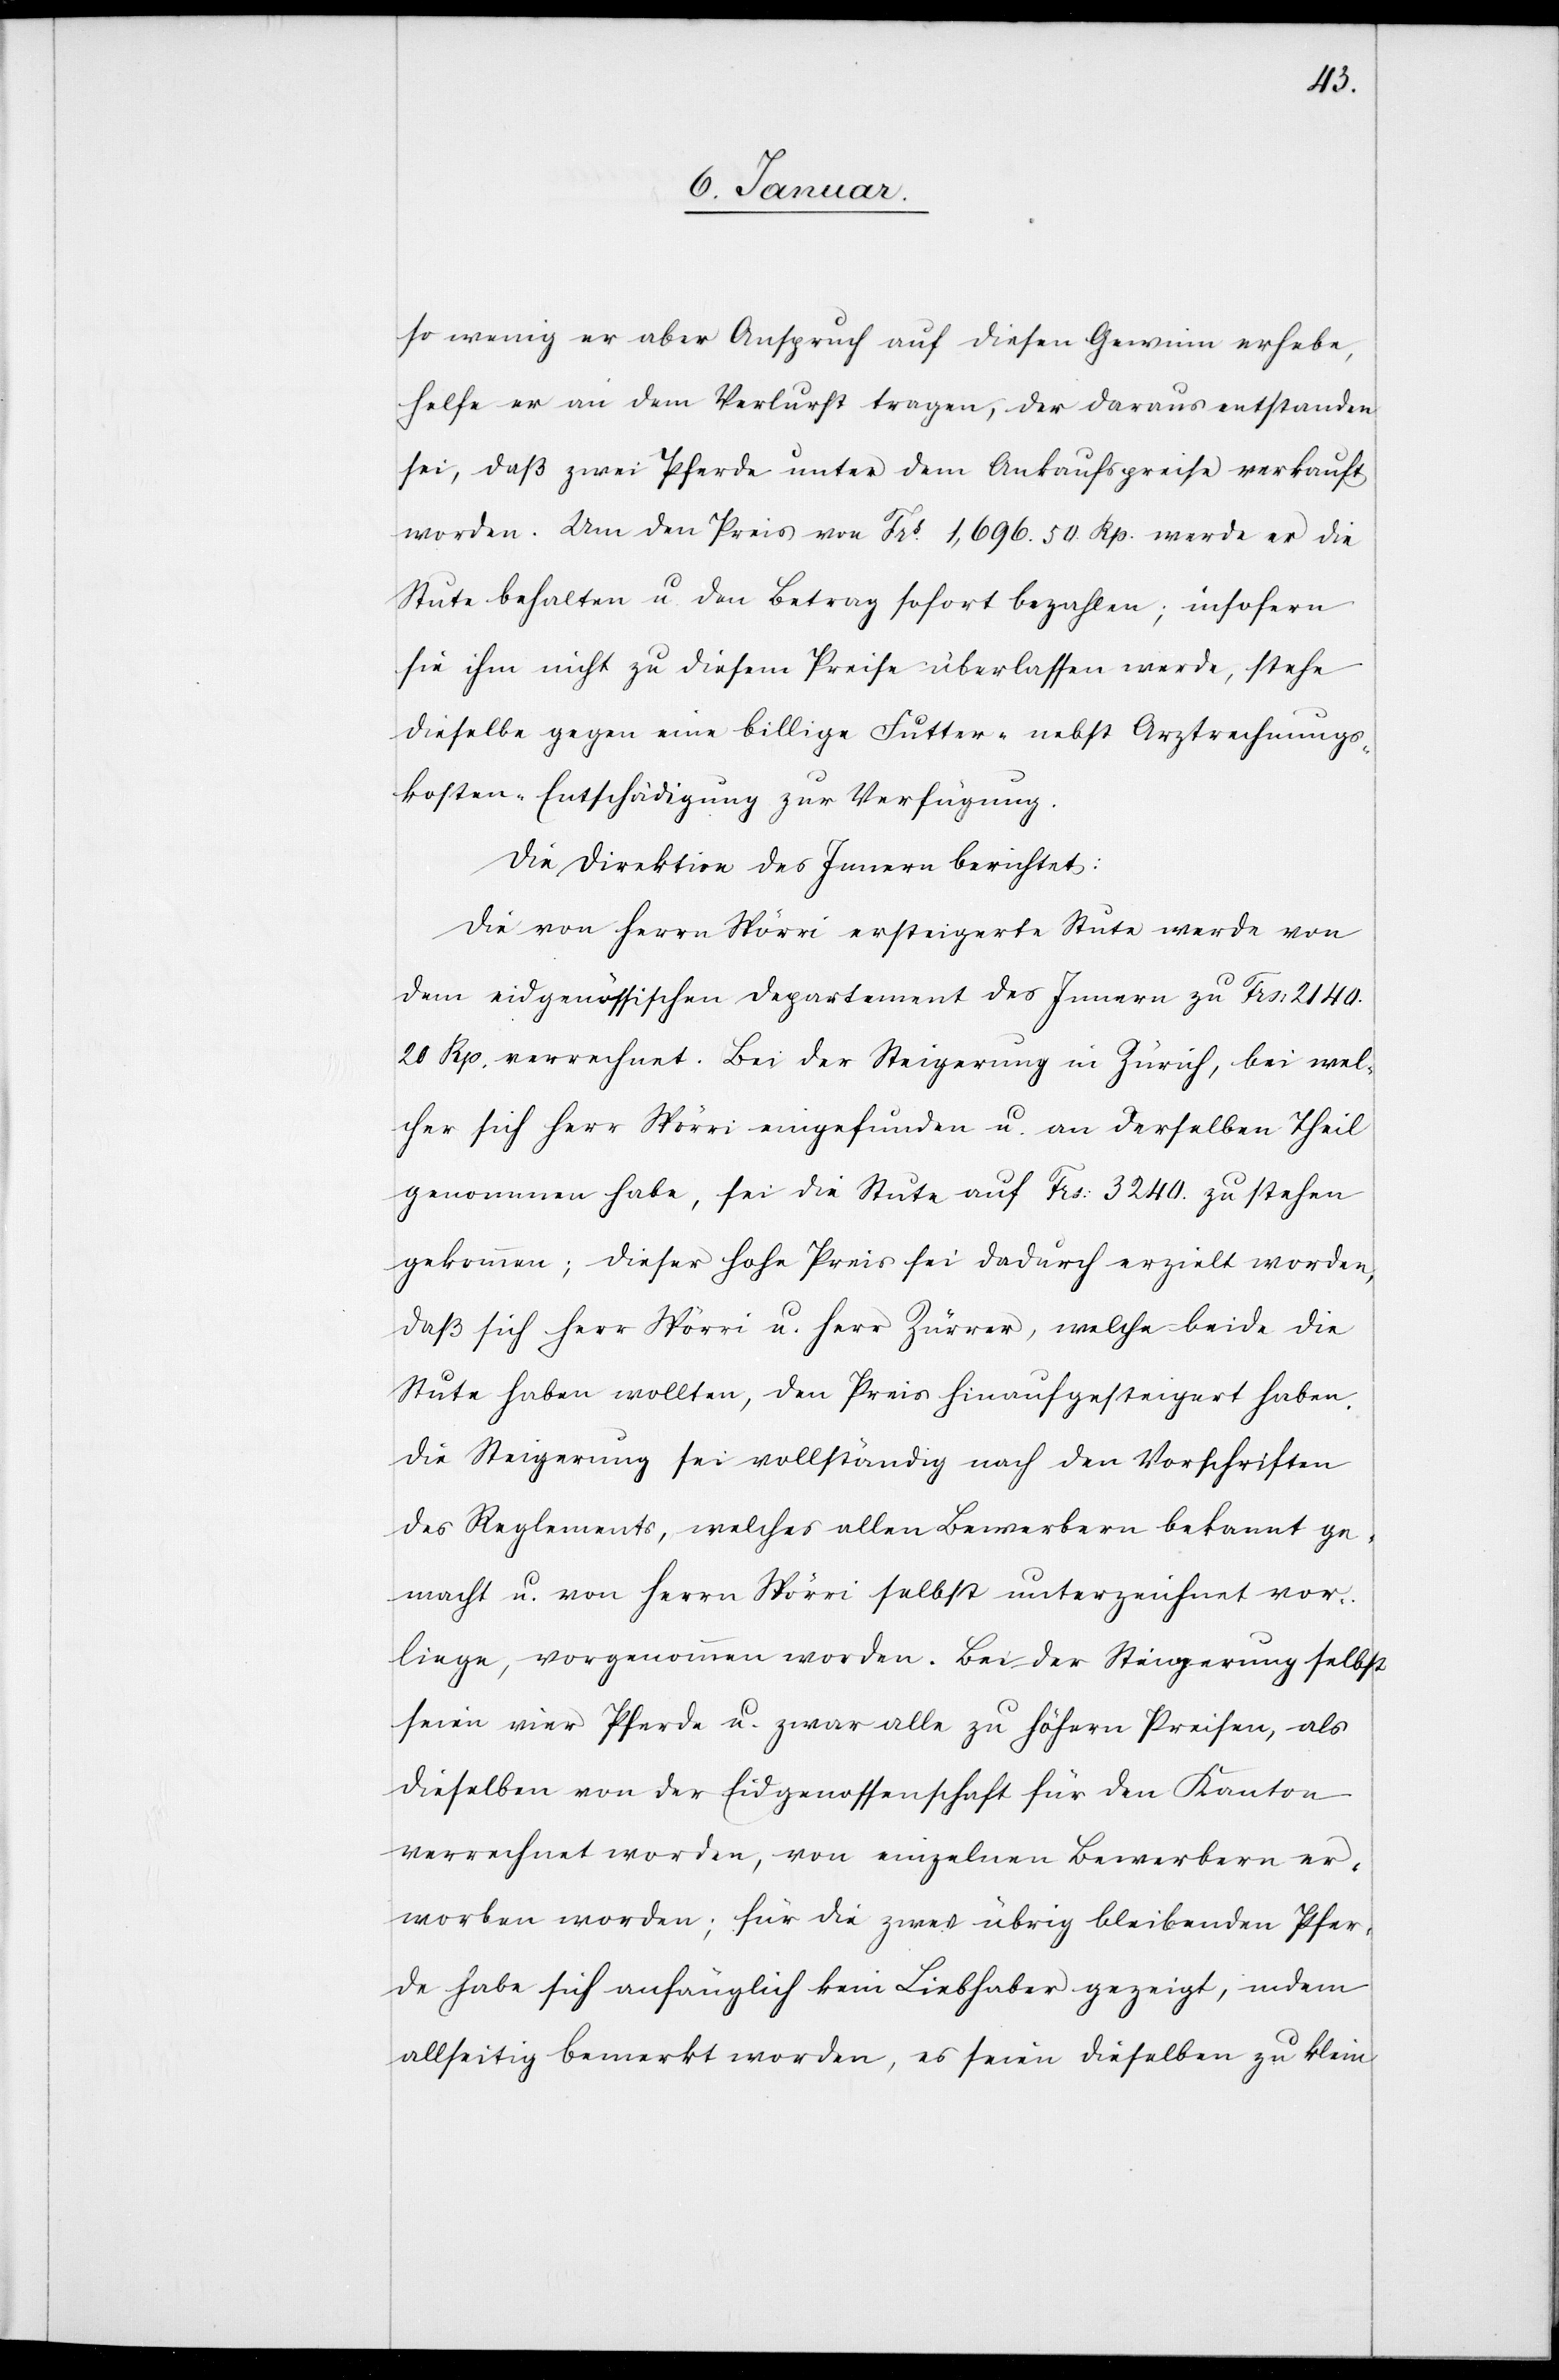
so wenig er aber Anspruch auf diesen Gewinn erhebe,
helfe er an dem Verlurst tragen, der daraus entstanden
sei, daß zwei Pferde unter dem Ankaufspreise verkauft
worden. Um den Preis von Frs. 1,696.50 Rp. werde er die
Stute behalten u. den Betrag sofort bezahlen; insofern
sie ihm nicht zu diesem Preise überlassen werde, stehe
dieselbe gegen eine billige Futter- nebst Arztrechnungs¬
kosten-Entschädigung zur Verfügung.
Die Direktion des Innern berichtet:
Die von Herrn Spörri ersteigerte Stute werde von
dem eidgenössischen Departement des Innern zu Frs: 2140.20
Rp. verrechnet. Bei der Steigerung in Zürich, bei wel¬
cher sich Herr Spörri eingefunden u. an derselben Theil
genommen habe, sei die Stute auf Frs: 3240 zu stehen
gekommen; dieser hohe Preis sei dadurch erzielt worden,
daß sich Herr Spörri u. Herr Zürrer, welche beide die
Stute haben wollten, den Preis hinaufgesteigert haben.
Die Steigerung sei vollständig nach den Vorschriften
des Reglements, welches allen Bewerbern bekannt ge¬
macht u. von Herrn Spörri selbst unterzeichnet vor¬
liege, vorgenommen worden. Bei der Steigerung selbst
seien vier Pferde u. zwar alle zu höhern Preisen, als
dieselben von der Eidgenossenschaft für den Kanton
verrechnet worden, von einzelnen Bewerbern er¬
worben worden; für die zwei übrig bleibenden Pfer¬
de habe sich anfänglich kein Liebhaber gezeigt, indem
allseitig bemerkt worden, es seien dieselben zu klein